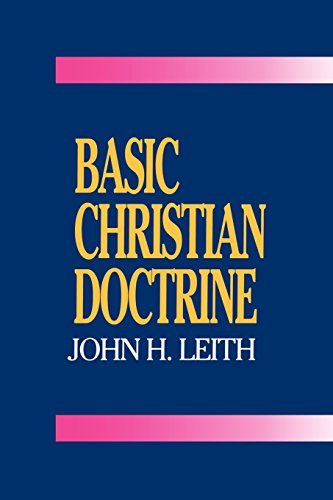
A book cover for Basic Christian Doctrine; John H. Leith; Christian Books & Bibles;